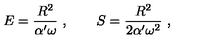
E = { \frac { R ^ { 2 } } { \alpha ^ { \prime } \omega } } \ , \qquad S = { \frac { R ^ { 2 } } { 2 \alpha ^ { \prime } \omega ^ { 2 } } } \ ,